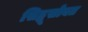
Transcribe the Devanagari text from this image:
सिद्धूसोबत